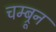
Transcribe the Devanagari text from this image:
चम्ब्रून